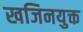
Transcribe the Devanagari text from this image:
खजिनयुक्त